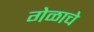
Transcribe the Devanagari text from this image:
गेळाचे